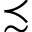
\precsim